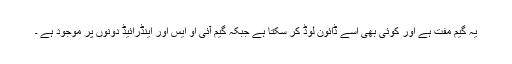
یہ گیم مفت ہے اور کوئی بھی اسے ڈائون لوڈ کر سکتا ہے جبکہ گیم آئی او ایس اور اینڈرائیڈ دونوں پر موجود ہے ۔